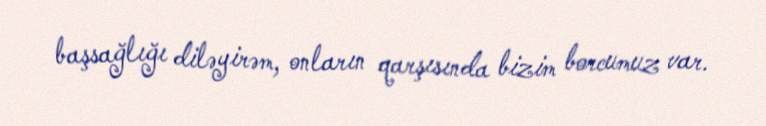
başsağlığı diləyirəm, onların qarşısında bizim borcumuz var.